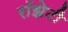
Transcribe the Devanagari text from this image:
रॉझेटी